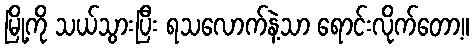
မြို့ကို သယ်သွားပြီး ရသလောက်နဲ့သာ ရောင်းလိုက်တော့။